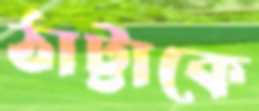
ঠাট্টাকে